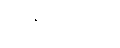
ဖာရင်ဟိုက်